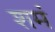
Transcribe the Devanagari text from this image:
शमं